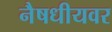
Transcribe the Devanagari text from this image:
नैषधीयवर